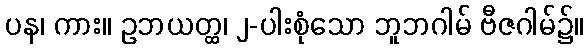
ပန၊ ကား။ ဥဘယတ္ထ၊ ၂-ပါးစုံသော ဘူဘဂါမ် ဗီဇဂါမ်၌။